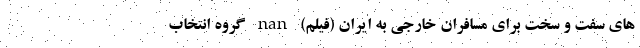
های سفت و سخت برای مسافران خارجی به ایران (فیلم) nan گروه انتخاب